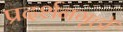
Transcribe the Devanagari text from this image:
प्रदर्शनगृहों